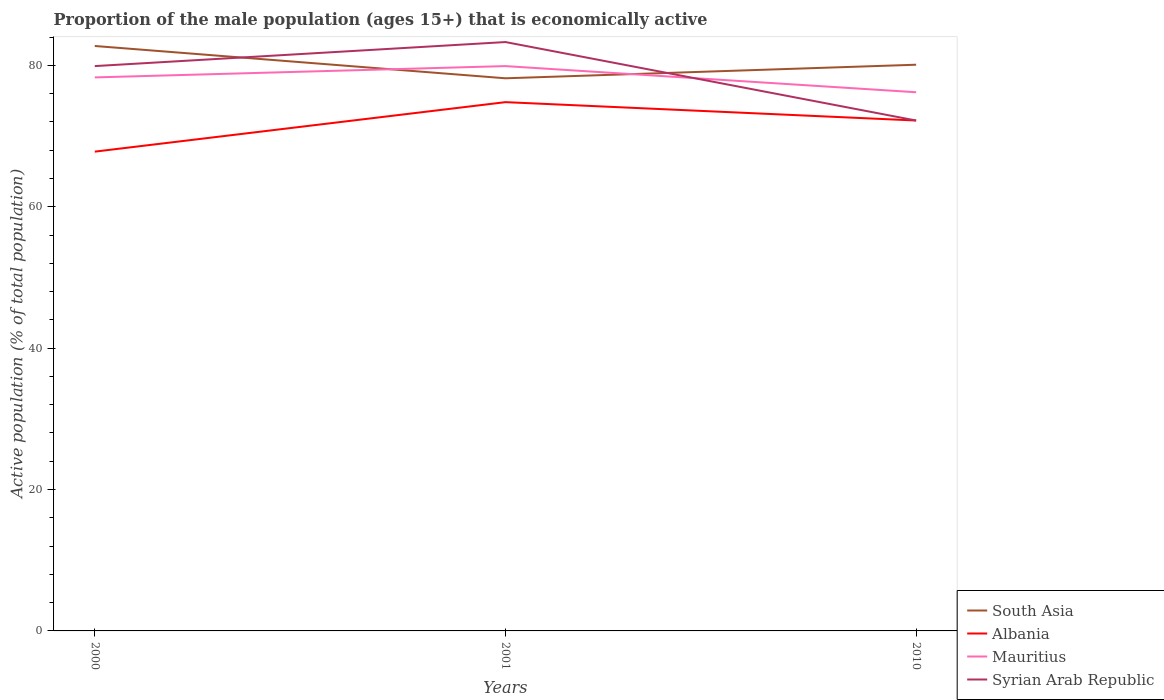
| Years | South Asia | Albania | Mauritius | Syrian Arab Republic |
 | --- | --- | --- | --- | --- |
 | 2000 | 82.7 | 67.8 | 78.3 | 79.9 |
 | 2001 | 78.2 | 74.8 | 79.9 | 83.3 |
 | 2010 | 80.1 | 72.2 | 76.2 | 72.2 |